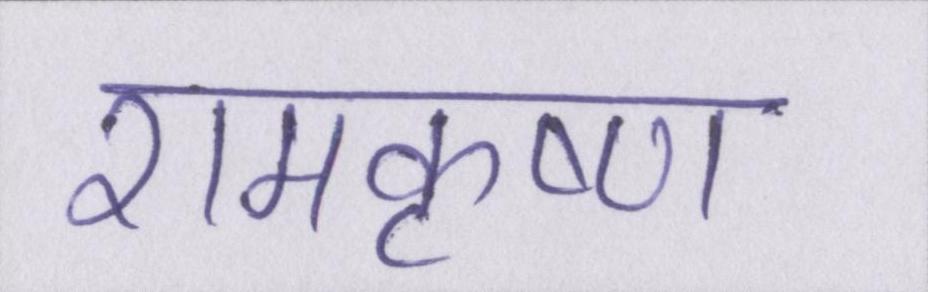
रामकृष्ण